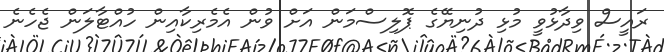
ރައީސް ވިދާޅުވީ މުޅި ދުނިޔޭގެ ޕޮލިސްމަން އަށް ވުން އެމެރިކާއިން ހުއްޓާލަން ޖެހެނެ